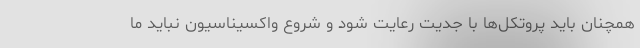
همچنان باید پروتکل‌ها با جدیت رعایت شود و شروع واکسیناسیون نباید ما